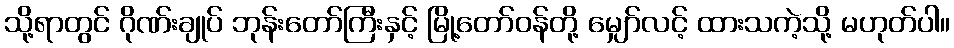
သို့ရာတွင် ဂိုဏ်းချုပ် ဘုန်းတော်ကြီးနှင့် မြို့တော်ဝန်တို့ မျှော်လင့် ထားသကဲ့သို့ မဟုတ်ပါ။